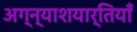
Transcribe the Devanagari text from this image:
अग्न्याशयार्तियाँ